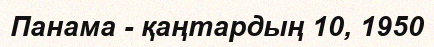
Панама - қаңтардың 10, 1950